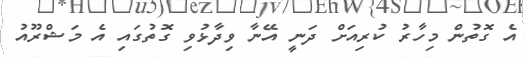
އެ ގޮތުން މިހާރު ކުރިއަށް ދަނީ އޭނާ ވިދާޅުވި ގޮތުގައި އެ މަޝްރޫއު